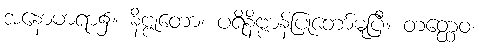
အနောမာရာ၌။ နိဗ္ဗုတော၊ ပရိနိဗ္ဗာန်ပြုတော်မူပြီ။ တတ္ထေဝ၊